Civil Veterinary Department. Madras. Admin. report 1910-25 - 1910-1925
Year: 1910
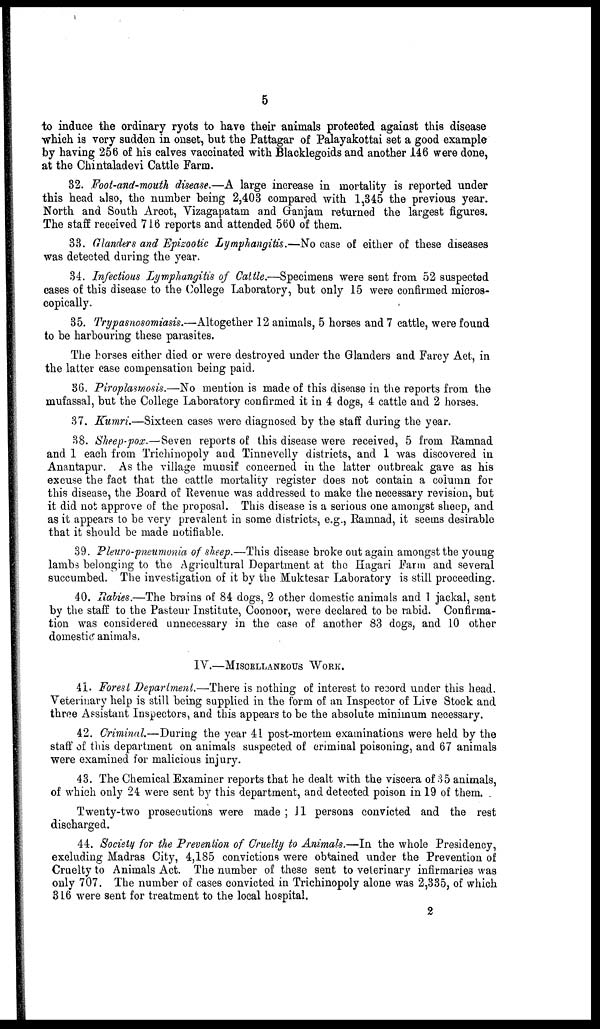
5
to induce the ordinary ryots to have their animals protected against this disease
which is very sudden in onset, but the Pattagar of Palayakottai set a good example
by having 256 of his calves vaccinated with Blacklegoids and another 146 were done,
at the Chintaladevi Cattle Farm.
82. Foot-and-mouth disease.—A large increase in mortality is reported under
this head also, the number being 2,403 compared with 1,345 the previous year.
North and South Arcot, Vizagapatam and Ganjam returned the largest figures.
The staff received 716 reports and attended 560 of them.
33. Glanders and Epizootic Lymphangitis.—No case of either of these diseases
was detected during the year.
34. Infectious Lymphangitis of Cattle.—Specimens were sent from 52 suspected
cases of this disease to the College Laboratory, but only 15 were confirmed micros-
copically.
35. Trypasnosomiasis.—Altogether 12 animals, 5 horses and 7 cattle, were found
to be harbouring these parasites.
The horses either died or were destroyed under the Glanders and Farcy Act, in
the latter case compensation being paid.
36. Piroplasmosis.—No mention is made of this disease in the reports from the
mufassal, but the College Laboratory confirmed it in 4 dogs, 4 cattle and 2 horses.
37. Kumri.—Sixteen cases were diagnosed by the staff during the year.
38. Sheep-pox.—Seven reports of this disease wore received, 5 from Ramnad
and 1 each from Trichinopoly and Tinnevelly districts, and 1 was discovered in
Anantapur. As the village munsif concerned in the latter outbreak gave as his
excuse the fact that the cattle mortality register does not contain a column for
this disease, the Board of Revenue was addressed to make the necessary revision, but
it did not approve of the proposal. This disease is a serious one amongst sheep, and
as it appears to be very prevalent in some districts, e.g., Ramnad, it seems desirable
that it should be made notifiable.
39. Pleuro-pneumonia of sheep.—This disease broke out again amongst the young
lambs belonging to the Agricultural Department at the Hagari Farm and several
succumbed. The investigation of it by the Muktesar Laboratory is still proceeding.
40. Rabies.—The brains of 84 dogs, 2 other domestic animals and 1 jackal, sent
by the staff to the Pasteur Institute, Coonoor, were declared to be rabid. Confirma-
tion was considered unnecessary in the case of another 83 dogs, and 10 other
domestic animals.
IV.—MISCELLANEOUS WORK.
41. Forest Department.—There is nothing of interest to record under this head.
Veterinary help is still being supplied in the form of an Inspector of Live Stock and
three Assistant Inspectors, and this appears to be the absolute minimum necessary.
42. Criminal.—During the year 41 post-mortem examinations were held by the
staff of this department on animals suspected of criminal poisoning, and 67 animals
were examined for malicious injury.
43. The Chemical Examiner reports that he dealt with the viscera of 35 animals,
of which only 24 were sent by this department, and detected poison in 19 of them.
Twenty-two prosecutions were made ; 11 persons convicted and the rest
discharged.
44. Society for the Prevention of Cruelty to Animals.—In the whole Presidency,
excluding Madras City, 4,185 convictions were obtained under the Prevention of
Cruelty to Animals Act. The number of these sent to veterinary infirmaries was
only 707. The number of cases convicted in Trichinopoly alone was 2,335, of which
316 were sent for treatment to the local hospital.
2